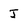
Character: J